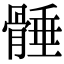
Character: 𩩞